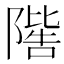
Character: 𨼄